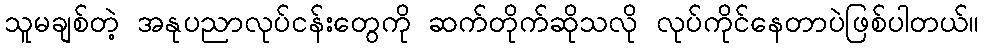
သူမချစ်တဲ့ အနုပညာလုပ်ငန်းတွေကို ဆက်တိုက်ဆိုသလို လုပ်ကိုင်နေတာပဲဖြစ်ပါတယ်။